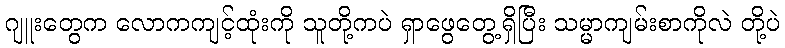
ဂျူးတွေက လောကကျင့်ထုံးကို သူတို့ကပဲ ရှာဖွေတွေ့ရှိပြီး သမ္မာကျမ်းစာကိုလဲ တို့ပဲ